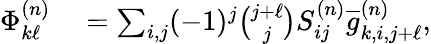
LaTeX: \begin{array}{rl}{\Phi_{k\ell}^{(n)}}&{{}=\sum_{i,j}(-1)^{j}\binom{j+\ell}{j}S_{ij}^{(n)}\overline{{g}}_{k,i,j+\ell}^{(n)},}\end{array}